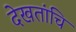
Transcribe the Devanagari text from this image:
देखतांचि